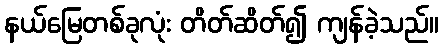
နယ်မြေတစ်ခုလုံး တိတ်ဆိတ်၍ ကျန်ခဲ့သည်။